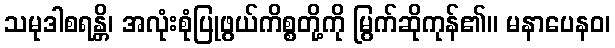
သမုဒါစရန္တိ၊ အလုံးစုံပြုဖွယ်ကိစ္စတို့ကို မြွက်ဆိုကုန်၏။ မနာပေနဝ၊